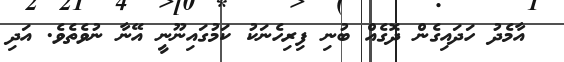
އާމެދު ހަދައިގެން ދޮގެއް ބުނި ފިރިހެނަކު ކަމުގައިނޫނީ އޭނާ ނުވެތެވެ. އަދި